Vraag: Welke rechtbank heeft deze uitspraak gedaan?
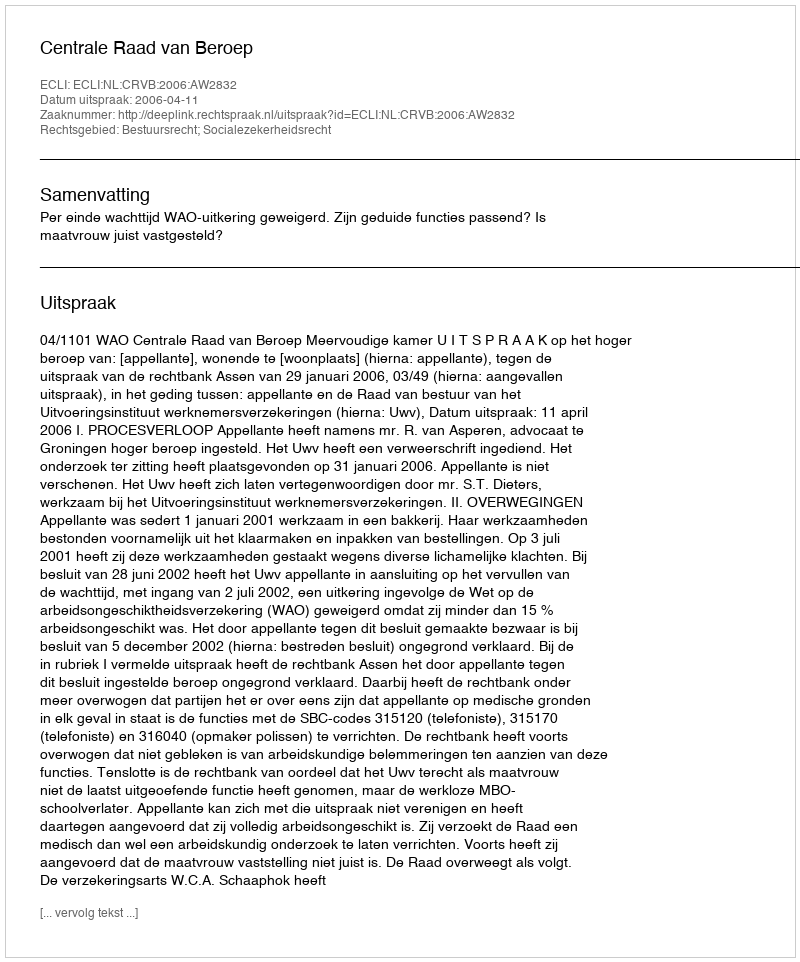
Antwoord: Centrale Raad van Beroep